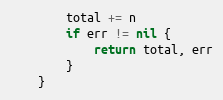
Language: Go
		total += n
		if err != nil {
			return total, err
		}
	}